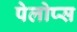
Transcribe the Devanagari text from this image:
पेलोप्स